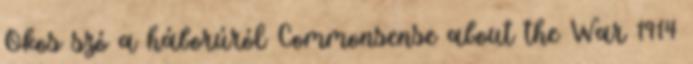
Okos szó a háborúról Commonsense about the War 1914